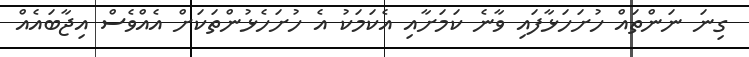
ގިނަ ނަންތައް ހުށަހަޅާފައި ވާނެ ކަމަށާއި އެކަމަކު އެ ހުށަހެޅުންތަކަށް އެއްވެސް އިޖާބައެއް